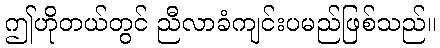
ဤဟိုတယ်တွင် ညီလာခံကျင်းပမည်ဖြစ်သည်။